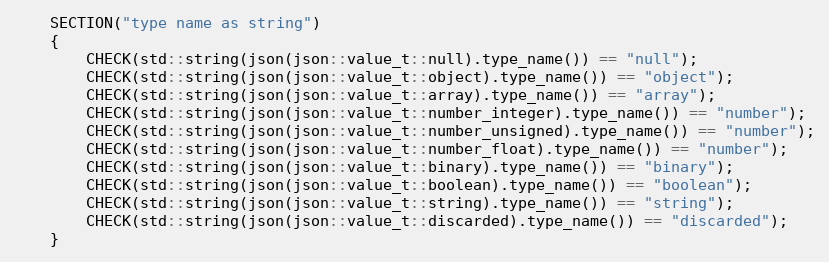
Language: C++
    SECTION("type name as string")
    {
        CHECK(std::string(json(json::value_t::null).type_name()) == "null");
        CHECK(std::string(json(json::value_t::object).type_name()) == "object");
        CHECK(std::string(json(json::value_t::array).type_name()) == "array");
        CHECK(std::string(json(json::value_t::number_integer).type_name()) == "number");
        CHECK(std::string(json(json::value_t::number_unsigned).type_name()) == "number");
        CHECK(std::string(json(json::value_t::number_float).type_name()) == "number");
        CHECK(std::string(json(json::value_t::binary).type_name()) == "binary");
        CHECK(std::string(json(json::value_t::boolean).type_name()) == "boolean");
        CHECK(std::string(json(json::value_t::string).type_name()) == "string");
        CHECK(std::string(json(json::value_t::discarded).type_name()) == "discarded");
    }